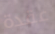
عقدة